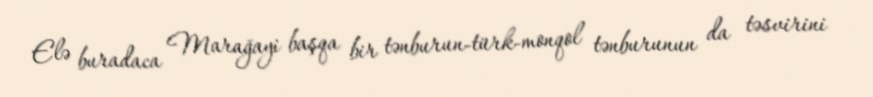
Elə buradaca Marağayi başqa bir tənburun-türk-monqol tənburunun da təsvirini